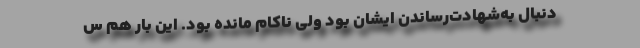
دنبال به‌شهادت‌رساندن ایشان بود ولی ناکام مانده بود. این بار هم س